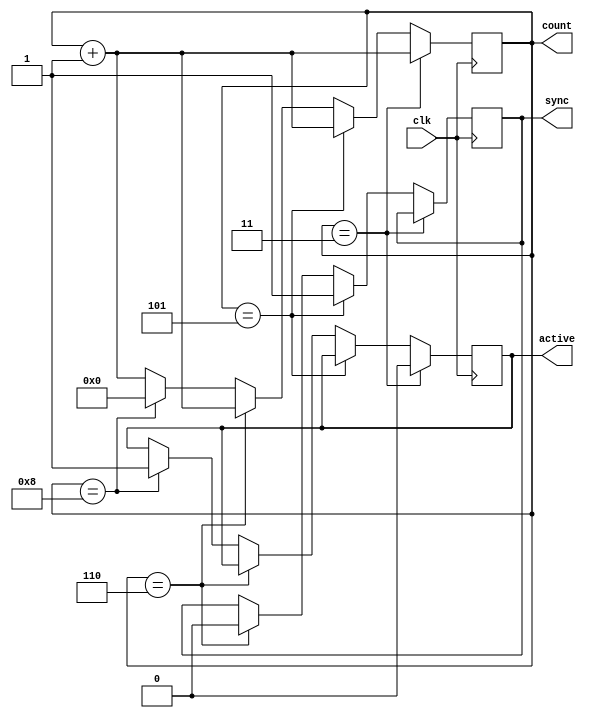
module VGATimer_single(clk, sync, active, count);
	input clk;		// Activ pe frontul crescator, ori ceas pentru pixel ori pentru linie
	output sync;		// Activ high pentru semnalul de sincronizare
	output active;		// Activ high pentru semnalul video util
	output [11:0] count;// pixel/linie curent/a (numarator de la 0)

	// Toate sunt in functie de ceas
	// Valorile trebuiesc setate pentru un sistem real
	parameter ACTIVE_LEN = 4;		// Cat timp semnalul video e valid
	parameter AFTER_ACTIVE_LEN = 2;	// Cuprinde "back porch" si marginea din dreapta/ de jos
	parameter SYNC_LEN = 1;		  	// Cat timp semnalul sync e activ
	parameter BEFORE_ACTIVE_LEN = 2;	// Cuprinde "front porch" si marginea din stanga/ de sus

	reg syncReg;
	reg activeReg;
	reg [11:0] counter; // pixel/linie curent/a (numarata de la 0)
	
	assign sync = syncReg;
	assign active = activeReg;
	assign count = counter;

	always @ (posedge clk) begin
		if(counter==ACTIVE_LEN -1)
			begin activeReg <= 0; counter <= counter + 1; end
		else if (counter==(ACTIVE_LEN + AFTER_ACTIVE_LEN -1))
			begin syncReg <= 1; counter <= counter + 1; end
		else if (counter==(ACTIVE_LEN + AFTER_ACTIVE_LEN + SYNC_LEN -1))
			begin syncReg <= 0; counter <= counter + 1; end
		else if (counter==(ACTIVE_LEN + AFTER_ACTIVE_LEN + SYNC_LEN + BEFORE_ACTIVE_LEN -1))
			begin activeReg <= 1; counter <= 0; end
		else
			counter <= counter + 1;			
	end
endmodule